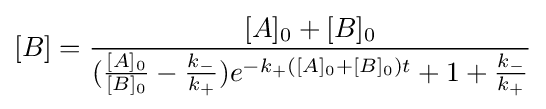
[B]={\frac {[A]_{0}+[B]_{0}}{({\frac {[A]_{0}}{[B]_{0}}}-{\frac {k_{-}}{k_{+}}})e^{-k_{+}([A]_{0}+[B]_{0})t}+1+{\frac {k_{-}}{k_{+}}}}}